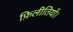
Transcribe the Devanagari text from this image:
फ़िलीतियों।